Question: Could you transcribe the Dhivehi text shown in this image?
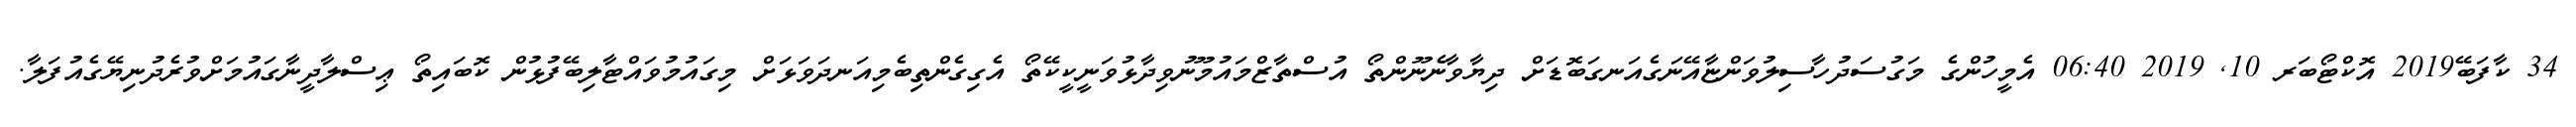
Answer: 34 ކާފަބޭ2019 އޮކްޓޯބަރ 10, 2019 06:40 އެމީހުންގެ މަގުސަދުހާސިލުވަންޏާއޭނަގެއަނގަބޮޑަށް ދިޔާވާނެނޫންތޯ އުސްތާޒްމައުމޫނުވިދާޅުވަނީކީކޭތޯ އެގިގެންތިބެމިއަނދަވަޅަށް މިގައުމުވައްޓާލިބޭފުޅުން ކޮބައިތޯ ޢިސްލާދީނާގައުމަށްވުރެދުނިޔޭގެއުފަލާ.